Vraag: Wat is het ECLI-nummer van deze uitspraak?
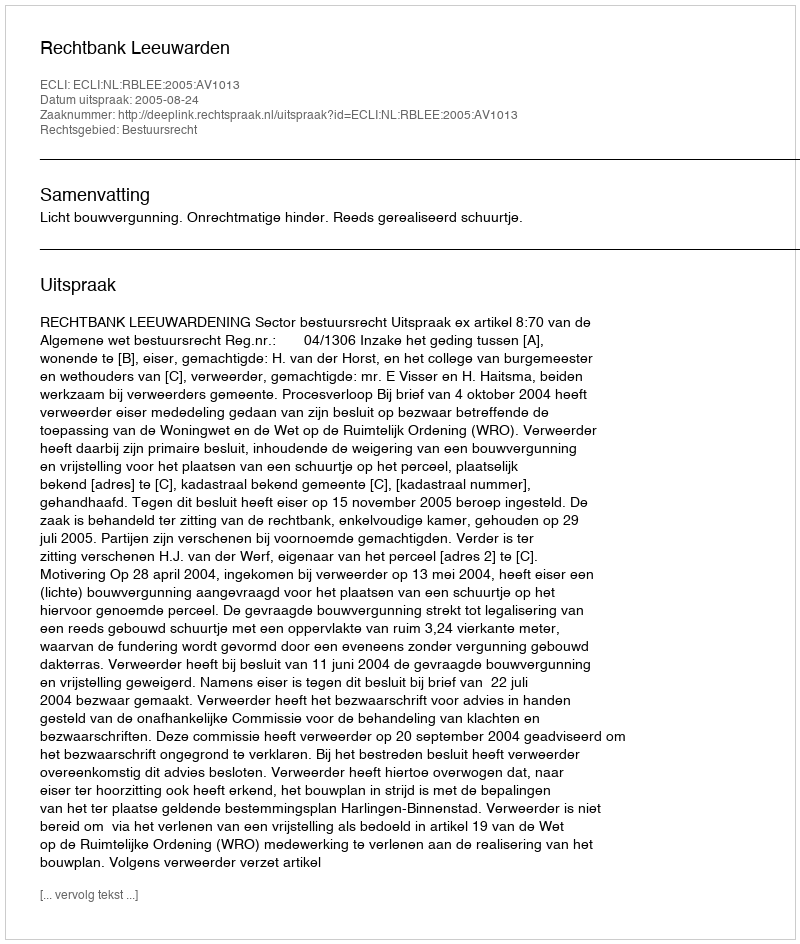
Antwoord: ECLI:NL:RBLEE:2005:AV1013